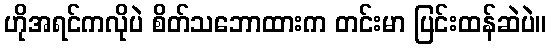
ဟိုအရင်ကလိုပဲ စိတ်သဘောထားက တင်းမာ ပြင်းထန်ဆဲပဲ။